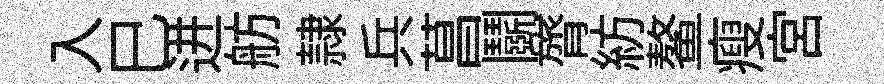
入巳进舫隷兵菖鬬膂紡鳌瘦宫